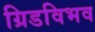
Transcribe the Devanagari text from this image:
ग्रिडविभव